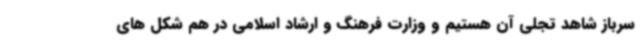
سرباز شاهد تجلی آن هستیم و وزارت فرهنگ و ارشاد اسلامی در هم شکل های